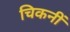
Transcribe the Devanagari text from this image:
चिकनीं